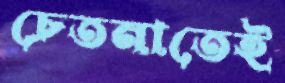
চেতনাতেই